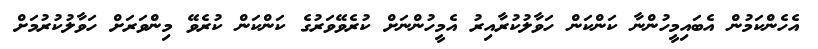
އެހެންކަމުން އެބައިމީހުންނާ ކަންކަން ހަވާލުކުރާއިރު އެމީހުންނަށް ކުރެވޭވަރުގެ ކަންކަން ކުރެވޭ މިންވަރަށް ހަވާލުކުރުމަށް